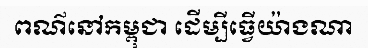
ពណ៌នៅកម្ពុជា ដើម្បីធ្វើយ៉ាងណា